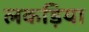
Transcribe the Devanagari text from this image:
लकड़िया